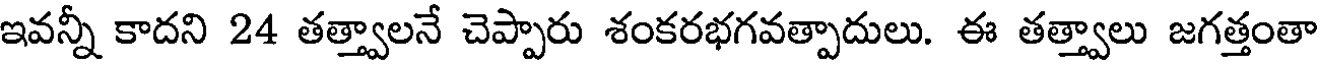
ఇవన్నీ కాదని 24 తత్త్వాలనే చెప్పారు శంకరభగవత్పాదులు. ఈ తత్త్వాలు జగత్తంతా